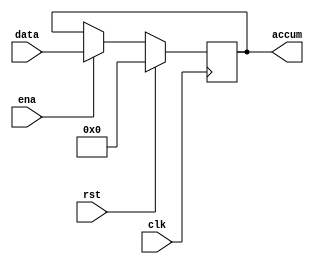
`timescale 1ns / 1ps
//////////////////////////////////////////////////////////////////////////////////
// Company: 
// Engineer: 
// 
// Design Name: 
// Module Name: accum
// Project Name: 
// Target Devices: 
// Tool Versions: 
// Description: 
// 
// Dependencies: 
// 
// Revision:
// Revision 0.01 - File Created
// Additional Comments:
// 
//////////////////////////////////////////////////////////////////////////////////


module accum(
    accum,
    data,
    ena,
    clk,
    rst
    );
    output [7:0] accum;
    input [7:0] data;
    input ena, clk, rst;
    reg [7:0] accum;
    
    always@(posedge clk)
        begin
            if(rst)
                accum <= 8'b0000_0000;
            else
                if(ena) accum <= data;
        end
endmodule